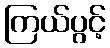
ကြယ်ပွင့်